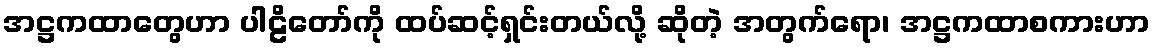
အဋ္ဌကထာတွေဟာ ပါဠိတော်ကို ထပ်ဆင့်ရှင်းတယ်လို့ ဆိုတဲ့ အတွက်ရော၊ အဋ္ဌကထာစကားဟာ